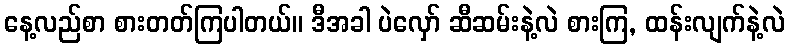
နေ့လည်စာ စားတတ်ကြပါတယ်။ ဒီအခါ ပဲလှော် ဆီဆမ်းနဲ့လဲ စားကြ, ထန်းလျက်နဲ့လဲ